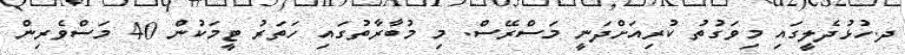
ދ.ހުޅުދެލީގައި މިވަގުތު ކުރިއަށްދަނީ މަސްރޭސް. މި މުބާރާތުގައި ހަތަރު ޓީމަކުން 40 މަސްވެރިން